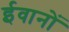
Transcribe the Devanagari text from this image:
ईवानों